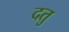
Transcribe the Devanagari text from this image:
दतु